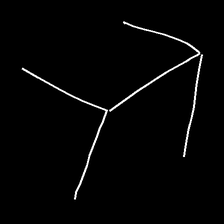
Glyph: gather